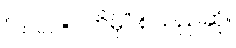
“သလ=ဂတိမှိ” စသည်ဆို။